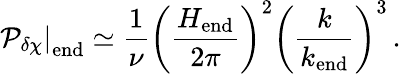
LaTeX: \left.{\cal\mathcal{P}}_{\delta\chi}\right|_{\mathrm{{end}}}\simeq\frac{{1}}{{\nu}}\left(\frac{{H_{\mathrm{{end}}}}}{{2\pi}}\right)^{2}\left(\frac{{k}}{{k_{\mathrm{{end}}}}}\right)^{3}\, .